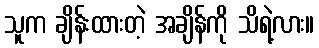
သူက ချိန်းထားတဲ့ အချိန်ကို သိရဲ့လား။